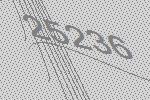
25236